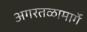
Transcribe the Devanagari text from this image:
अगरतळामार्गे